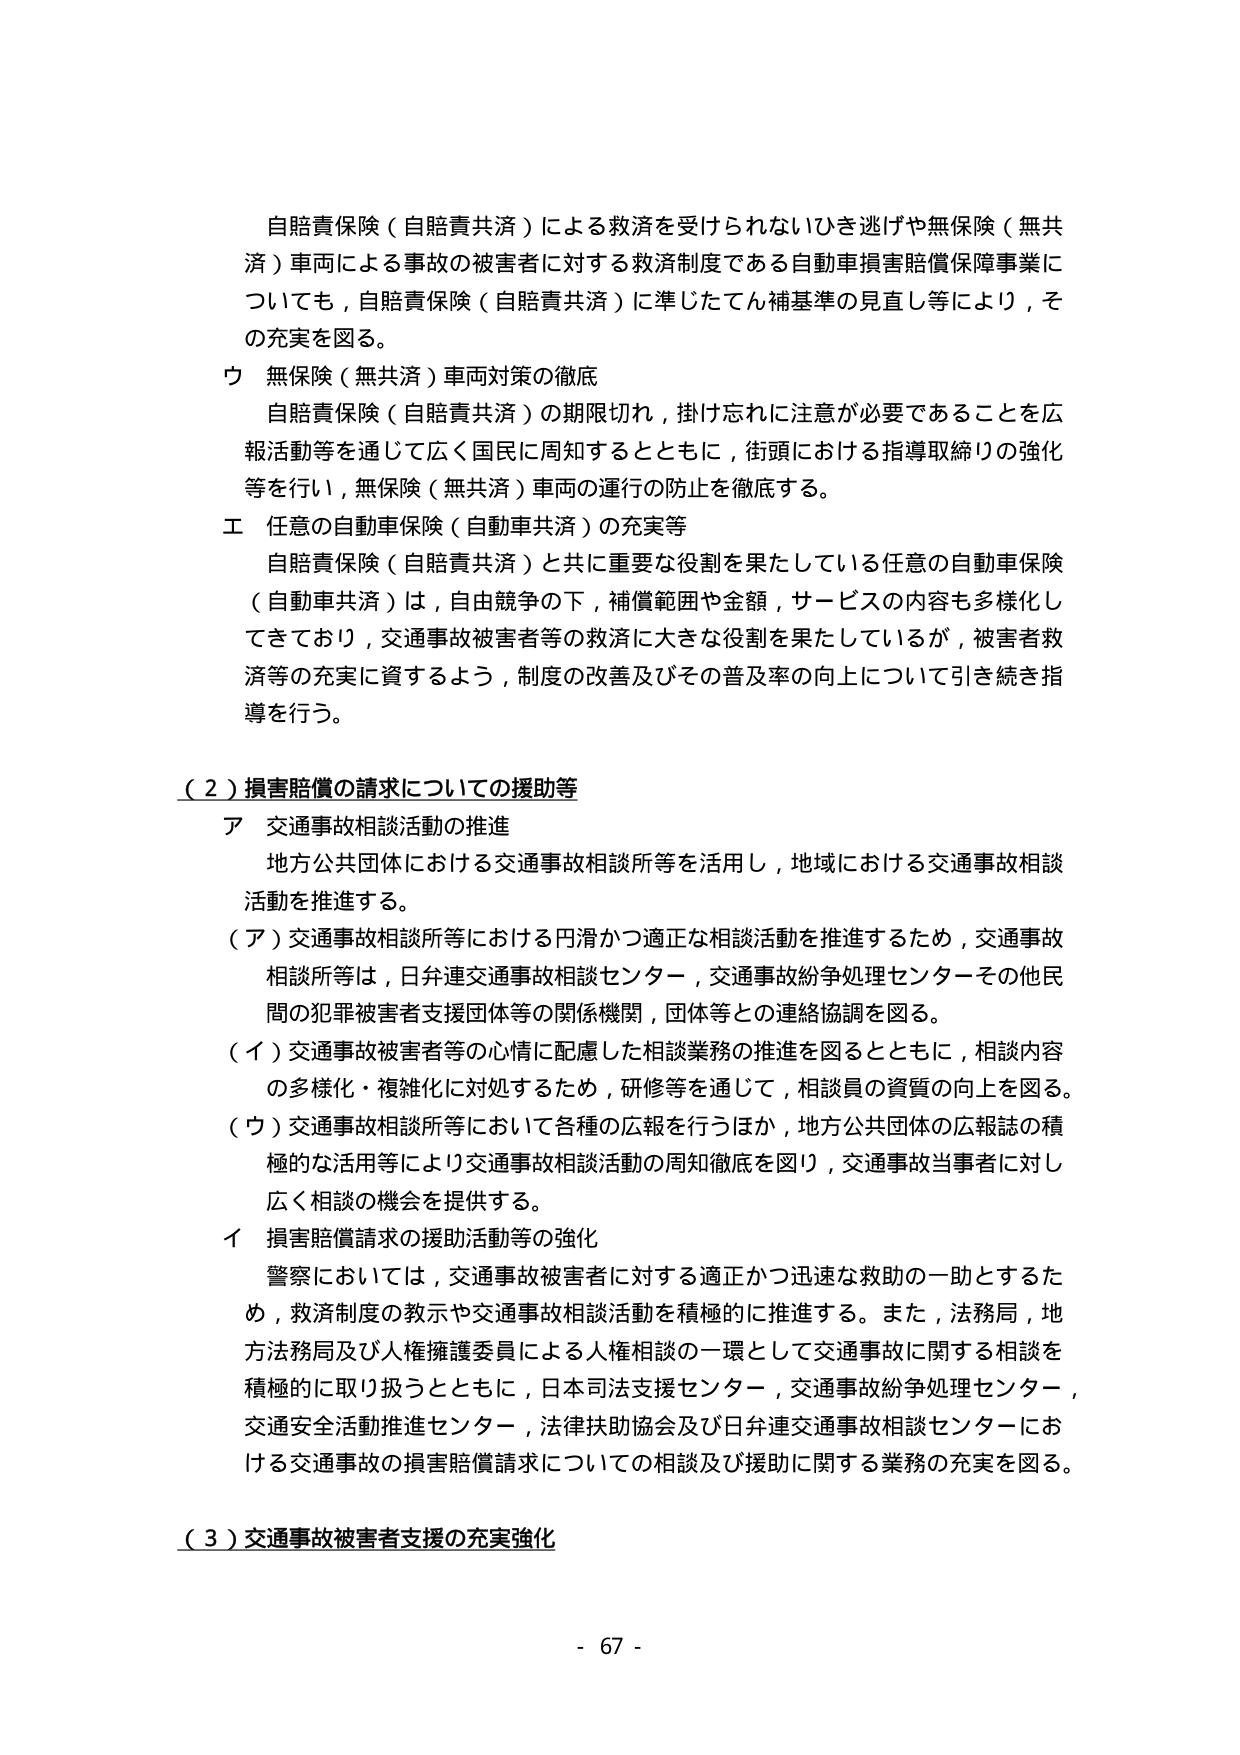
自賠責保険（自賠責共済）による救済を受けられないひき逃げや無保険（無共済）車両による事故の被害者に対する救済制度である自動車損害賠償保障事業についても，自賠責保険（自賠責共済）に準じたてん補基準の見直し等により，その充実を図る。

ウ 無保険（無共済）車両対策の徹底
自賠責保険（自賠責共済）の期限切れ，掛け忘れに注意が必要であることを広報活動等を通じて広く国民に周知するとともに，街頭における指導取締りの強化等を行い，無保険（無共済）車両の運行の防止を徹底する。

エ 任意の自動車保険（自動車共済）の充実等
自賠責保険（自賠責共済）と共に重要な役割を果たしている任意の自動車保険（自動車共済）は，自由競争の下，補償範囲や金額，サービスの内容も多様化してきており，交通事故被害者等の救済に大きな役割を果たしているが，被害者救済等の充実に資するよう，制度の改善及びその普及率の向上について引き続き指導を行う。

（２）損害賠償の請求についての援助等
ア 交通事故相談活動の推進
地方公共団体における交通事故相談所等を活用し，地域における交通事故相談活動を推進する。
（ア）交通事故相談所等における円滑かつ適正な相談活動を推進するため，交通事故相談所等は，日弁連交通事故相談センター，交通事故紛争処理センターその他民間の犯罪被害者支援団体等の関係機関，団体等との連絡協調を図る。
（イ）交通事故被害者等の心情に配慮した相談業務の推進を図るとともに，相談内容の多様化・複雑化に対処するため，研修等を通じて，相談員の資質の向上を図る。
（ウ）交通事故相談所等において各種の広報を行うほか，地方公共団体の広報誌の積極的な活用等により交通事故相談活動の周知徹底を図り，交通事故当事者に対し広く相談の機会を提供する。
イ 損害賠償請求の援助活動等の強化
警察においては，交通事故被害者に対する適正かつ迅速な救助の一助とするため，救済制度の教示や交通事故相談活動を積極的に推進する。また，法務局，地方法務局及び人権擁護委員による人権相談の一環として交通事故に関する相談を積極的に取り扱うとともに，日本司法支援センター，交通事故紛争処理センター，交通安全活動推進センター，法律扶助協会及び日弁連交通事故相談センターにおける交通事故の損害賠償請求についての相談及び援助に関する業務の充実を図る。

（３）交通事故被害者支援の充実強化

- 67 -